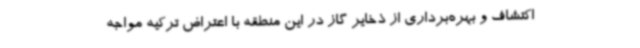
اکتشاف و بهره‌برداری از ذخایر گاز در این منطقه با اعتراض ترکیه مواجه